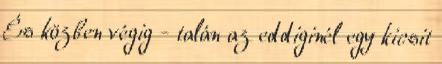
És közben végig - talán az eddiginél egy kicsit